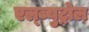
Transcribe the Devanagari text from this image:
एल्ब्युट्रोल